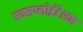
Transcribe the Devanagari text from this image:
एक्सप्लोईटेशन